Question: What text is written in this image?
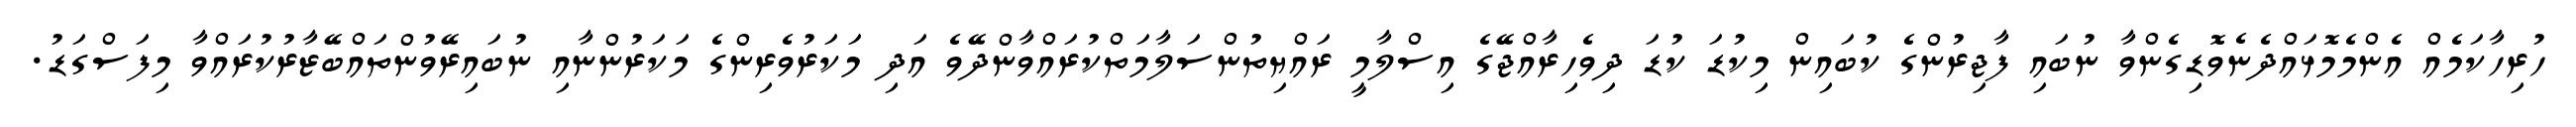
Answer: ހުރިހާކަމެއް އެންމެމޮޅައްދެނެވޮޑިގެންވާ ނުބައި ފާޖިރުންގެ ކުބައިން މިކުޑަ ކުޑަ ދިވެހިރާއްޖޭގެ އިސްލާމީ ރައްޔިތުންސަލާމަތްކުރައްވާންދޭވެ އަދި މަކަރުވެރިންގެ މަކަރުންނާއި ނުބައިރޭވުންތައްބޭޒާރުކުރައްވާ މިފަސްގަޑު.